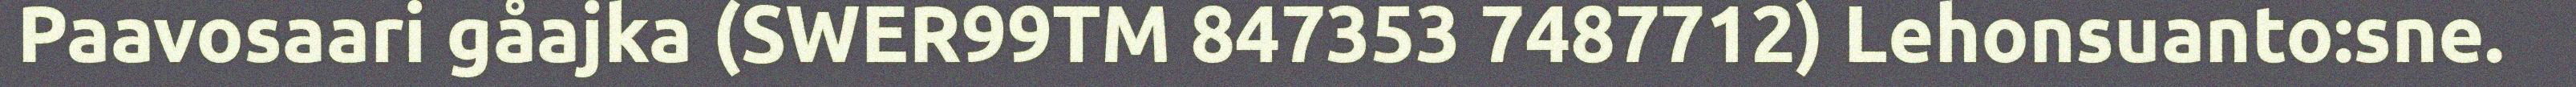
Paavosaari gåajka (SWER99TM 847353 7487712) Lehonsuanto:sne.